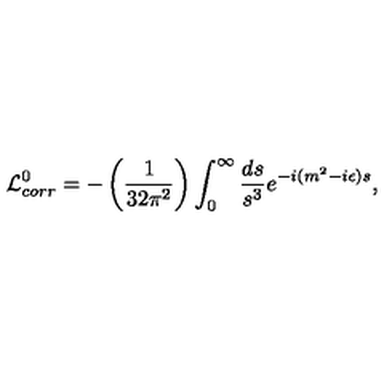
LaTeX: { \cal L } _ { c o r r } ^ { 0 } = - \left( { \frac { 1 } { 3 2 \pi ^ { 2 } } } \right) \int _ { 0 } ^ { \infty } { \frac { d s } { s ^ { 3 } } } e ^ { - i ( m ^ { 2 } - i \epsilon ) s } ,